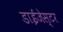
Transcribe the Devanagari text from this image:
डाईजेस्टर